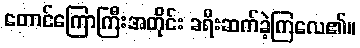
တောင်ကြောကြီးအတိုင်း ခရီးဆက်ခဲ့ကြလေ၏။